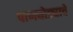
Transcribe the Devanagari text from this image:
पाणघोड्याचे